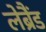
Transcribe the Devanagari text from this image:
लेब्रैंड